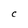
Character: C